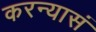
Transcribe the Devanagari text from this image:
करन्यासं